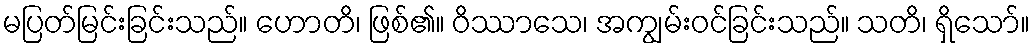
မပြတ်မြင်းခြင်းသည်။ ဟောတိ၊ ဖြစ်၏။ ဝိဿာသေ၊ အကျွမ်းဝင်ခြင်းသည်။ သတိ၊ ရှိသော်။